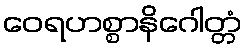
ဝေရဟစ္စာနိဂေါတ္တံ